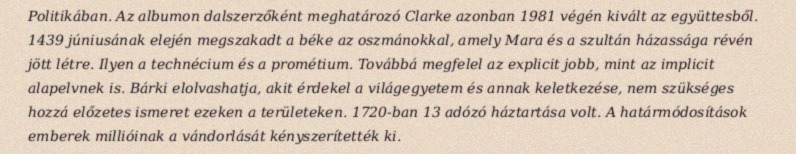
Politikában. Az albumon dalszerzőként meghatározó Clarke azonban 1981 végén kivált az együttesből. 1439 júniusának elején megszakadt a béke az oszmánokkal, amely Mara és a szultán házassága révén jött létre. Ilyen a technécium és a prométium. Továbbá megfelel az explicit jobb, mint az implicit alapelvnek is. Bárki elolvashatja, akit érdekel a világegyetem és annak keletkezése, nem szükséges hozzá előzetes ismeret ezeken a területeken. 1720-ban 13 adózó háztartása volt. A határmódosítások emberek millióinak a vándorlását kényszerítették ki.